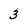
Character: 3